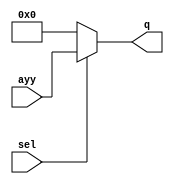
module vpl_8b2to1mux_v(ayy,sel,q);
	input[7:0] ayy; 
	input sel;
	output reg[7:0] q;
	
	always@(ayy,sel)
	if(sel)
		q = ayy;
	else
		q = 8'b00000000;
		
endmodule